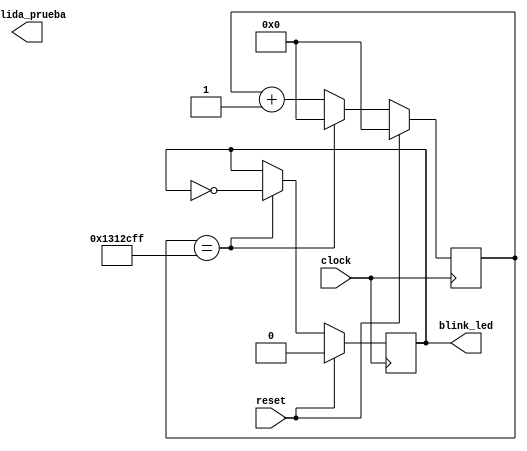

/*********************************************************************
file: parpadeoLED
author: Arom Miranda
description:
-Simple 2sec blink to check visually the FPGA has the program
**********************************************************************/



module parpadeoLED #(parameter div_cantidad = 20000000)
(   input clock,
    input reset,
    output blink_led,   // User/boot LED next to power LED
    output salida_prueba  // extra
);

    // contador
    reg [30:0] blink_counter;

    //led
    reg r_led  = 1'b0;


    // increment the blink_counter every clock
    always @(posedge clock)
    begin

      if (reset) begin
          blink_counter <= 0;
          r_led = 0;
        end
        else begin
            if (blink_counter == div_cantidad-1)
            begin
              blink_counter <= 0;
              r_led = !r_led;
            end
            else
            blink_counter <= blink_counter+1;

            end
    end
    assign blink_led = r_led;

endmodule